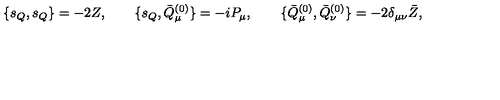
\{ s _ { Q } , s _ { Q } \} = - 2 Z , \qquad \{ s _ { Q } , \bar { Q } _ { \mu } ^ { ( 0 ) } \} = - i P _ { \mu } , \qquad \{ \bar { Q } _ { \mu } ^ { ( 0 ) } , \bar { Q } _ { \nu } ^ { ( 0 ) } \} = - 2 \delta _ { \mu \nu } \bar { Z } ,